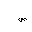
Letter: _sad